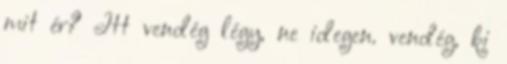
mit ér? Itt vendég légy, ne idegen. vendég, ki